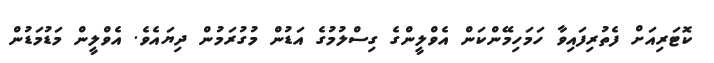
ކޮޓަރިއަށް ފެތުރިފައިވާ ހަމަހިމޭންކަން އެވްލީންގެ ގިސްލުމުގެ އަޑުން މުގުރަމުން ދިޔައެވެ. އެވްލީން މަޑުމަޑުން